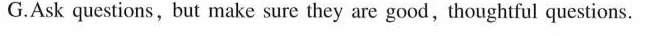
G.Ask questions, but make sure they are good, thoughtful questions.